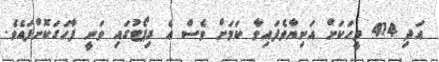
އަދި 414 މީހަކަށް އަނިޔާވެފައިވާ ކަމަށް ވެސް އެ ރިޕޯޓުގައި ވަނީ ފާހަގަކޮށްފައެވެ.